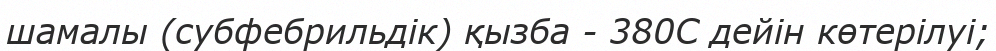
шамалы (субфебрильдік) қызба - 380С дейін көтерілуі;